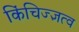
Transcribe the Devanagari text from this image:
किंचिज्ज्ञत्व